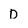
Character: D